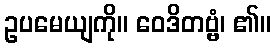
ဥပမေယျကို။ ဝေဒိတဗ္ဗံ၊ ၏။